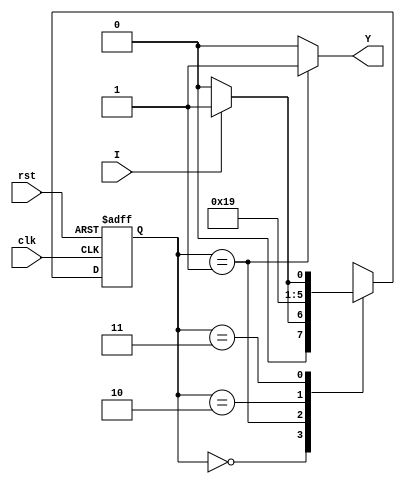
`timescale 1ns / 1ps
module pulser(
    input       clk,
    input       rst,
    input       I,
    output wire Y
    );
    parameter PE=1;
    reg [1:0] ps; // state machine present state register
    always@(posedge clk, posedge rst)
        if (rst == 1'b1)
            ps <= 2'b0;
        else case (ps) // no explicit next state register, implied here
            2'b00: ps <= (I) ? 2'b01 : 2'b00;   // wait until input is high, do nothing
            2'b01: ps <= 2'b11;                 // go to wait high state, output POSEDGE pulse
            2'b10: ps <= 2'b00;                 // go to wait low state, output NEGEDGE pulse
            2'b11: ps <= (I) ? 2'b11 : 2'b10;   // wait until input is low, do nothing
        endcase
        // note: removed input ternary on transition states, so that, for instance, a negedge pulse will be generated when the input pulses high for one clock cycle
    
    assign Y = (ps == (PE ? 2'b01 : 2'b10)) ? 1'b1 : 1'b0;
    // output is high on low to high transition state (2'b01) if PE == 1
    // output is high on high to low transition state (2'b10) if PE == 0
endmodule